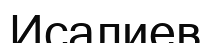
Исалиев